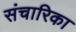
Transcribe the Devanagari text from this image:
संचारिका